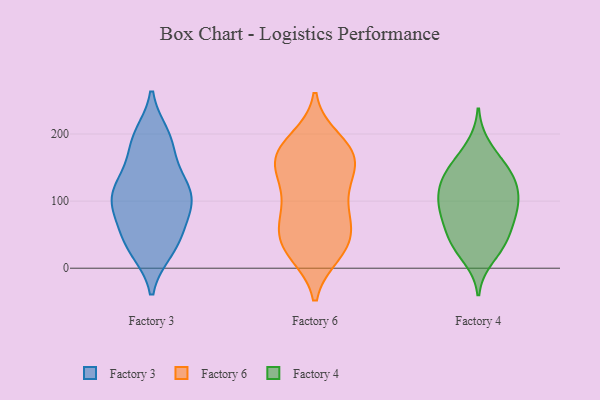
{"axis": {"x": "Customer Acquisition Cost (USD)", "y": "Value"}, "legend": ["Factory 3", "Factory 4", "Factory 6"], "data": [{"x": "", "y": 131, "type": "Factory 3"}, {"x": "", "y": 182, "type": "Factory 3"}, {"x": "", "y": 81, "type": "Factory 3"}, {"x": "", "y": 193, "type": "Factory 3"}, {"x": "", "y": 70, "type": "Factory 3"}, {"x": "", "y": 193, "type": "Factory 3"}, {"x": "", "y": 102, "type": "Factory 3"}, {"x": "", "y": 117, "type": "Factory 3"}, {"x": "", "y": 100, "type": "Factory 3"}, {"x": "", "y": 106, "type": "Factory 3"}, {"x": "", "y": 142, "type": "Factory 3"}, {"x": "", "y": 26, "type": "Factory 3"}, {"x": "", "y": 198, "type": "Factory 3"}, {"x": "", "y": 26, "type": "Factory 3"}, {"x": "", "y": 52, "type": "Factory 3"}, {"x": "", "y": 138, "type": "Factory 3"}, {"x": "", "y": 41, "type": "Factory 3"}, {"x": "", "y": 34, "type": "Factory 3"}, {"x": "", "y": 94, "type": "Factory 3"}, {"x": "", "y": 104, "type": "Factory 3"}, {"x": "", "y": 171, "type": "Factory 6"}, {"x": "", "y": 81, "type": "Factory 6"}, {"x": "", "y": 22, "type": "Factory 6"}, {"x": "", "y": 166, "type": "Factory 6"}, {"x": "", "y": 66, "type": "Factory 6"}, {"x": "", "y": 181, "type": "Factory 6"}, {"x": "", "y": 191, "type": "Factory 6"}, {"x": "", "y": 167, "type": "Factory 6"}, {"x": "", "y": 36, "type": "Factory 6"}, {"x": "", "y": 165, "type": "Factory 6"}, {"x": "", "y": 74, "type": "Factory 6"}, {"x": "", "y": 43, "type": "Factory 6"}, {"x": "", "y": 128, "type": "Factory 6"}, {"x": "", "y": 126, "type": "Factory 6"}, {"x": "", "y": 124, "type": "Factory 6"}, {"x": "", "y": 158, "type": "Factory 6"}, {"x": "", "y": 29, "type": "Factory 6"}, {"x": "", "y": 27, "type": "Factory 6"}, {"x": "", "y": 80, "type": "Factory 6"}, {"x": "", "y": 36, "type": "Factory 4"}, {"x": "", "y": 34, "type": "Factory 4"}, {"x": "", "y": 16, "type": "Factory 4"}, {"x": "", "y": 115, "type": "Factory 4"}, {"x": "", "y": 151, "type": "Factory 4"}, {"x": "", "y": 139, "type": "Factory 4"}, {"x": "", "y": 182, "type": "Factory 4"}, {"x": "", "y": 90, "type": "Factory 4"}, {"x": "", "y": 46, "type": "Factory 4"}, {"x": "", "y": 98, "type": "Factory 4"}, {"x": "", "y": 126, "type": "Factory 4"}, {"x": "", "y": 77, "type": "Factory 4"}, {"x": "", "y": 156, "type": "Factory 4"}, {"x": "", "y": 84, "type": "Factory 4"}, {"x": "", "y": 134, "type": "Factory 4"}, {"x": "", "y": 51, "type": "Factory 4"}, {"x": "", "y": 113, "type": "Factory 4"}, {"x": "", "y": 82, "type": "Factory 4"}]}